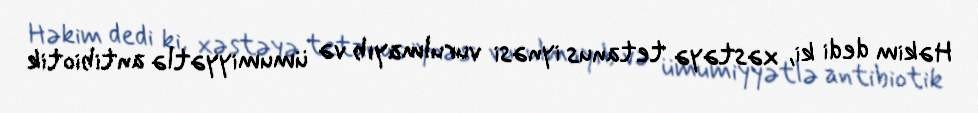
Həkim dedi ki, xəstəyə tetanus iynəsi vurulmayıb və ümumiyyətlə antibiotik